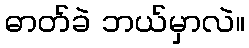
ဓာတ်ခဲ ဘယ်မှာလဲ။